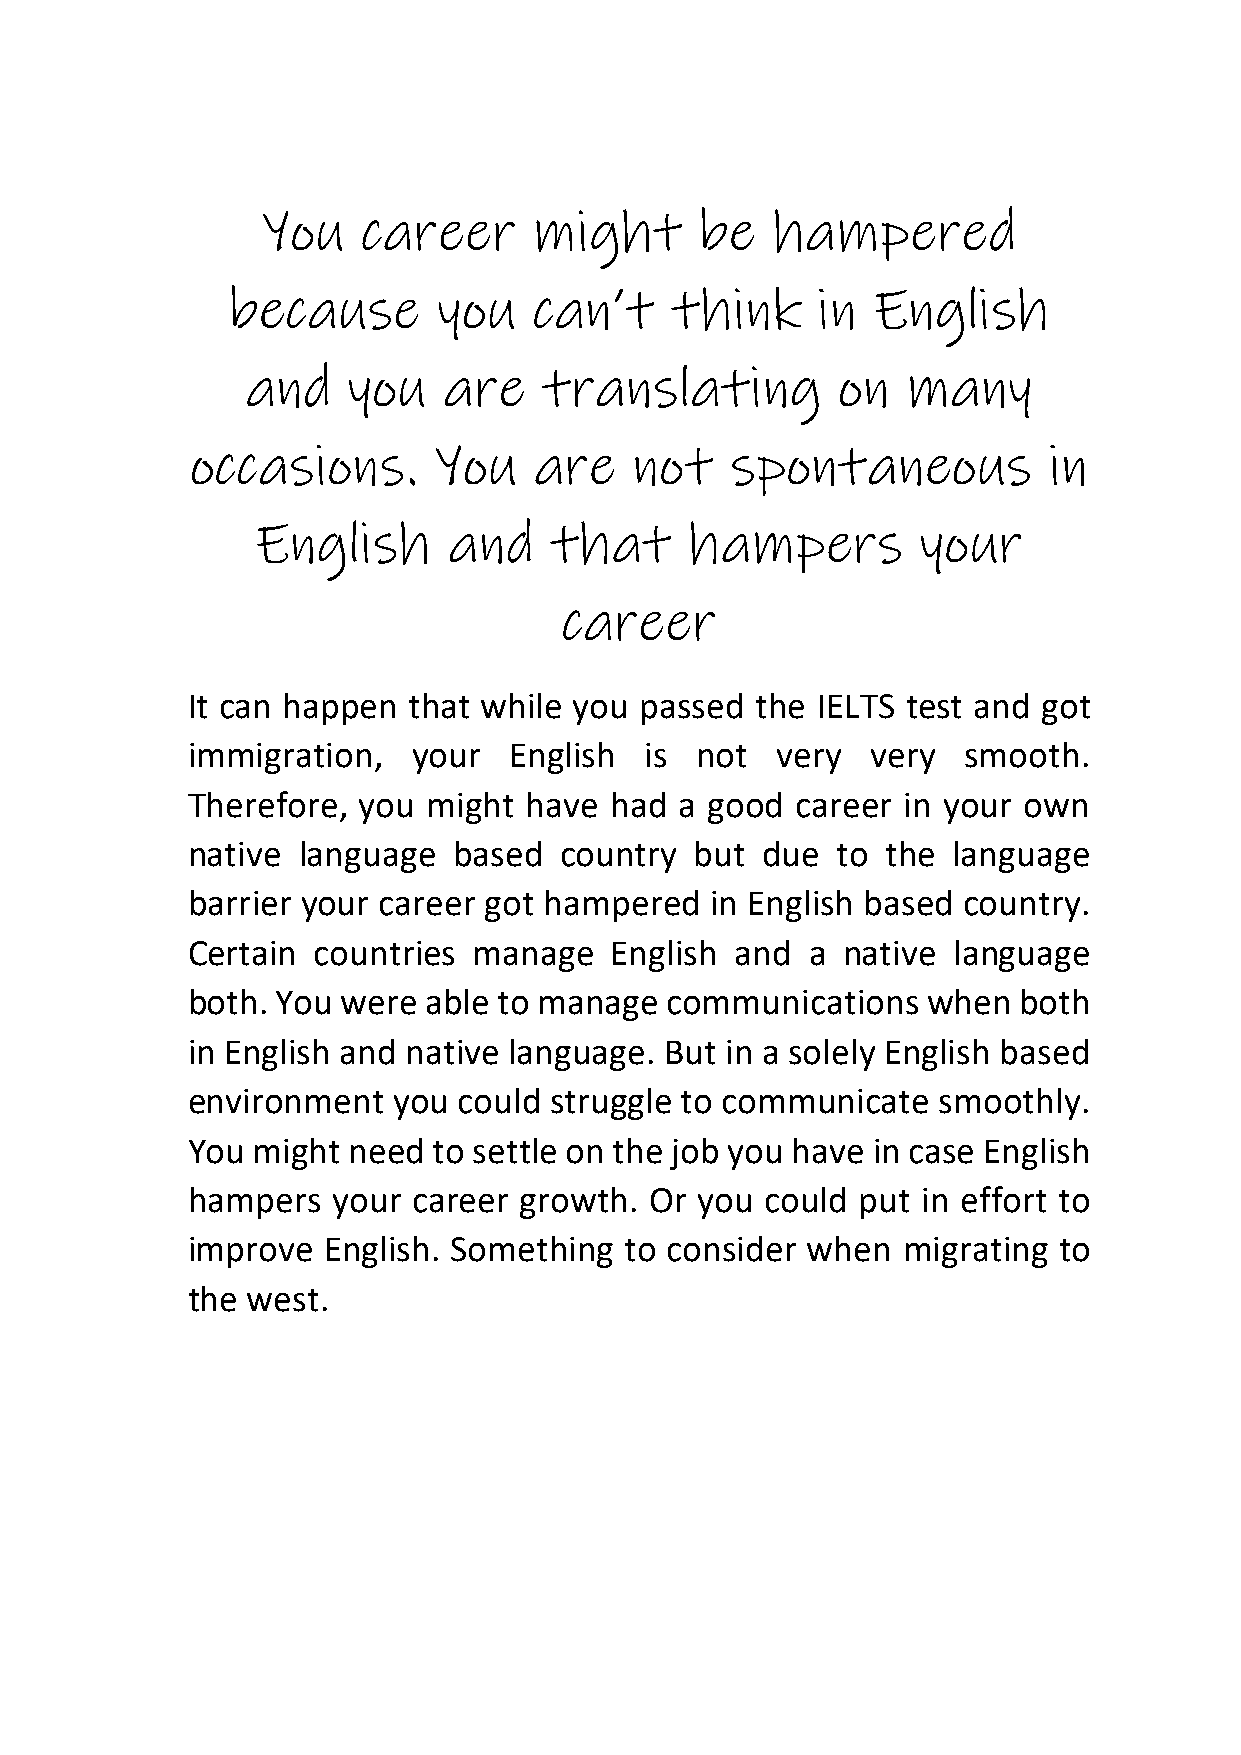
You    career     might      be   hampered
 because       you   can’t    think     in  English
 and    you   are    translating        on   many
 occasions.      You   are    not   spontaneous          in
 English      and   that      hampers        your
 career
 It can happen  that while you passed  the IELTS test and got
 immigration,   your   English  is not  very   very  smooth.
 Therefore,  you might  have had  a good  career in your own
 native  language  based  country  but due  to  the language
 barrier your career got hampered   in English based country.
 Certain  countries manage   English  and  a native language
 both. You  were able to manage  communications   when  both
 in English and native language. But in a solely English based
 environment   you could struggle to communicate   smoothly.
 You  might need  to settle on the job you have in case English
 hampers   your career growth.  Or you  could put in effort to
 improve  English. Something  to consider when   migrating to
 the west.